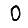
Digit: 0